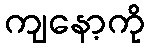
ကျနော့ကို